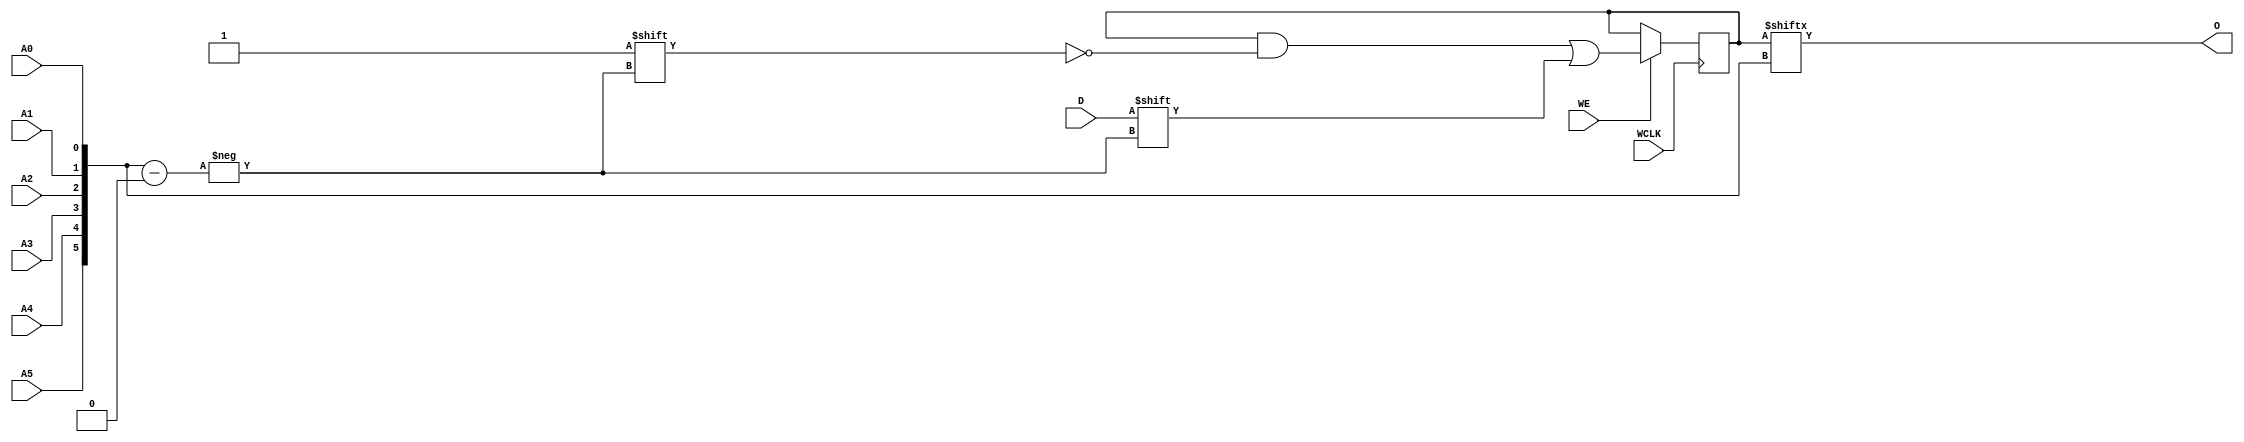
module RAM64X1S (O, A0, A1, A2, A3, A4, A5, D, WCLK, WE);

    parameter INIT = 64'h0000000000000000;

    output O;

    input  A0, A1, A2, A3, A4, A5, D, WCLK, WE;

    reg   [63:0] mem;
    wire [5:0] adr;

    assign adr = {A5, A4, A3, A2, A1, A0};
    assign O = mem[adr];

    initial 
        mem = INIT;

    always @(posedge WCLK) 
        if (WE == 1'b1)
            mem[adr] <= #100 D;

endmodule